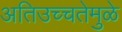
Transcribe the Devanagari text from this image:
अतिउच्चतेमुळे